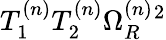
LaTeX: T_{1}^{(n)}T_{2}^{(n)}\Omega_{R}^{(n)}{}^{2}